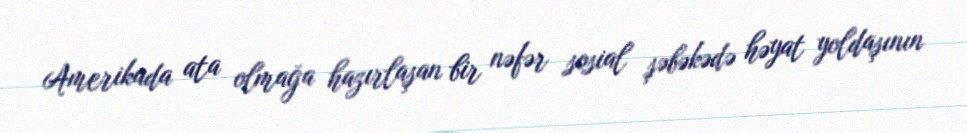
Amerikada ata olmağa hazırlaşan bir nəfər sosial şəbəkədə həyat yoldaşının